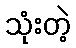
သုံးတဲ့